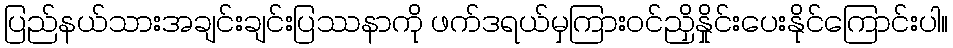
ပြည်နယ်သားအချင်းချင်းပြဿနာကို ဖက်ဒရယ်မှကြားဝင်ညှိနှိုင်းပေးနိုင်ကြောင်းပါ။